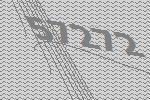
57272